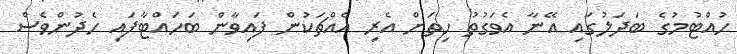
ހުއްޓުމުގެ ބަދަލުގައި އޭނާ އެވަގުތު ހިތަށް އެރި އެއްޗަކުން ފައިވާން ބަހައްޓާފައި ހެދުންވެސް